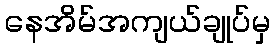
နေအိမ်အကျယ်ချုပ်မှ